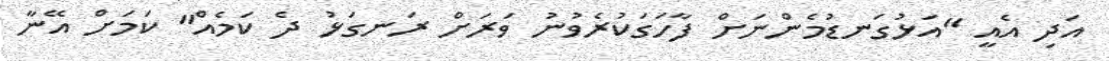
އަދި އެއީ "އަޅުގަނޑުމެންނަށް ފާހަގަކުރެވުނު ވަރަށް ރަނގަޅު ދެ ކަމެއް" ކަމަށް އޭނާ